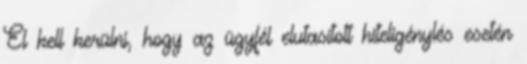
El kell kerülni, hogy az ügyfél elutasított hiteligénylés esetén